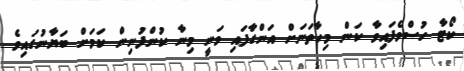
ކޯޓާ ހުސްވެފައިވާ ކަން މިހާތަނަށް އަންގާފައި ވަނީ މިނާ ކުންފުނިން ކަމަށް ބަޔާނުގައިވެ